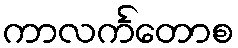
ကာလင်္ကတောစ